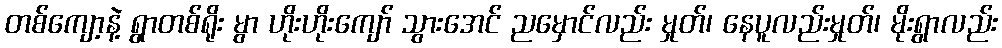
တစ်ကျော့နဲ့ ရွာတစ်ရိုး မွာ ဟိုးဟိုးကျော် သွားအေင် ညမှောင်လည်း မှုတ်၊ နေပူလည်းမှုတ်၊ မိုးရွာလည်း